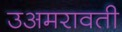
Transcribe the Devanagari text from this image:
उअमरावती